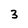
Character: 3